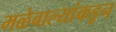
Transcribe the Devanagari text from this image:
मळेवाल्यांकडून